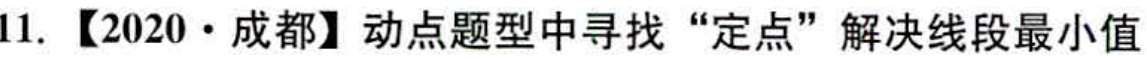
11. 【2020·成都】动点题型中寻找“定点”解决线段最小值